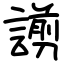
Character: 謭